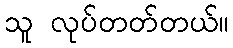
သူ လုပ်တတ်တယ်။